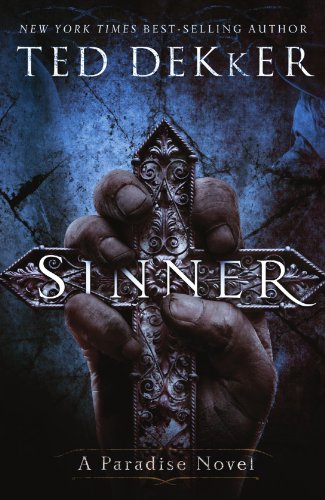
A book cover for Sinner: A Paradise Novel (The Books of History Chronicles); Ted Dekker; Christian Books & Bibles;